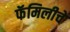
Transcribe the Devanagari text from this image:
फॅमिलीचे